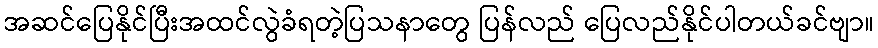
အဆင်ပြေနိုင်ပြီးအထင်လွဲခံရတဲ့ပြသနာတွေ ပြန်လည် ပြေလည်နိုင်ပါတယ်ခင်ဗျာ။